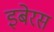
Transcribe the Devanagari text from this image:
इबेरस